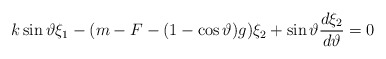
\begin{align*}k\sin \vartheta \xi _1-(m-F-(1-\cos \vartheta )g)\xi _2+\sin\vartheta \frac{d\xi _2}{d\vartheta }=0\end{align*}